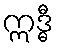
ဣဒ္ဓီ